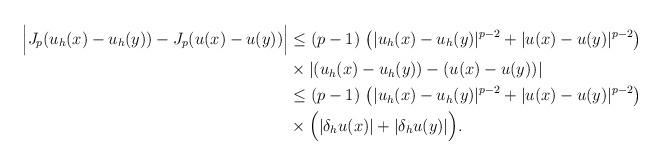
LaTeX: \begin{align*}\Big|J_p(u_h(x)-u_h(y))-J_p(u(x)-u(y))\Big|&\le (p-1)\,\left(|u_h(x)-u_h(y)|^{p-2}+|u(x)-u(y)|^{p-2}\right)\\&\times |(u_h(x)-u_h(y))-(u(x)-u(y))|\\&\le (p-1)\,\left(|u_h(x)-u_h(y)|^{p-2}+|u(x)-u(y)|^{p-2}\right)\\&\times \Big(|\delta_h u(x)|+|\delta_h u(y)|\Big).\end{align*}